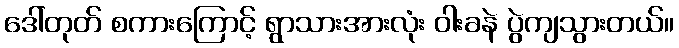
ဒေါ်တုတ် စကားကြောင့် ရွာသားအားလုံး ဝါးခနဲ ပွဲကျသွားတယ်။